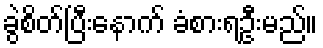
ခွဲစိတ်ပြီးနောက် ခံစားရဦးမည်။